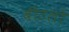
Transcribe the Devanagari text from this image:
बीटलों